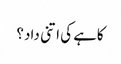
کاہے کی اتنی داد؟